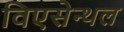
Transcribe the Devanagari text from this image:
विएसेन्थल